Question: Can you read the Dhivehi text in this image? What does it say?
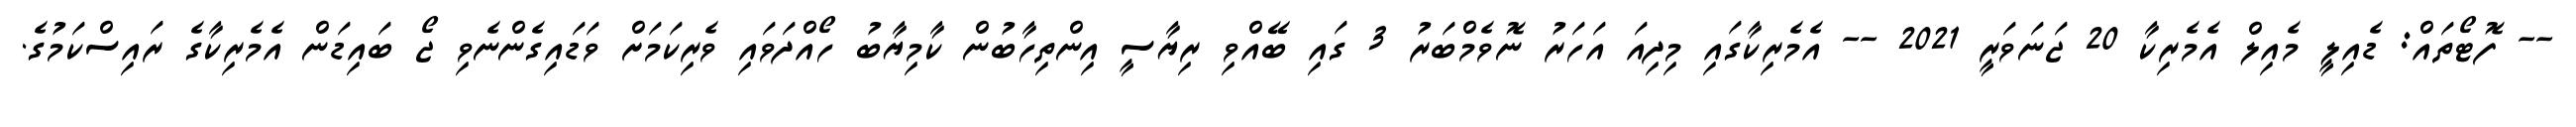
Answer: -- ފޮޓޯތައް: ޑެއިލީ މެއިލް އެމެރިކާ 20 ޖަނަވަރީ 2021 -- އެމެރިކާގައި މިދިއަ އަހަރު ނޮވެމްބަރު 3 ގައި ބޭއްވި ރިޔާސީ އިންތިހާބުން ކާމިޔާބު ހޯއްދަވައި ވެރިކަމަށް ވަޑައިގެންނެވި ޖޯ ބައިޑަން އެމެރިކާގެ ރައިސްކަމުގެ.